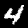
Label: 4